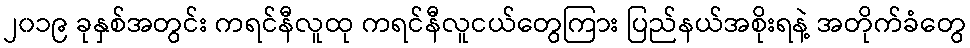
၂၀၁၉ ခုနှစ်အတွင်း ကရင်နီလူထု ကရင်နီလူငယ်တွေကြား ပြည်နယ်အစိုးရနဲ့ အတိုက်ခံတွေ